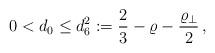
LaTeX: \begin{align*}0 < d_0 \leq d_6^2 := \frac{2}{3}-\varrho-\frac{\varrho_\perp}{2}\,,\end{align*}